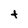
Character: t